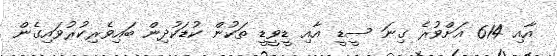
އާއި 614 އަށްވުރެ ގިނަ ސީޑީ އާއި ޑީވީޑީ ތަކުން ކުޑަކުދިން ބައިވެރިކުރުވައިގެން